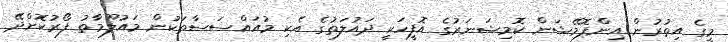
މީގެ އިތުރުން އިންފޮމޭޝަން ކޮމިޝަނަރުގެ އޮފީހަކީ ދައުލަތުގެ އެކި މުއައްސަސާތަކުން މައުލޫމާތު ފޯރުކޮށްދޭ